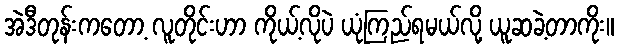
အဲဒီတုန်းကတော့ လူတိုင်းဟာ ကိုယ့်လိုပဲ ယုံကြည်ရမယ်လို့ ယူဆခဲ့တာကိုး။